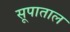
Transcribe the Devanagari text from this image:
सूपाताल